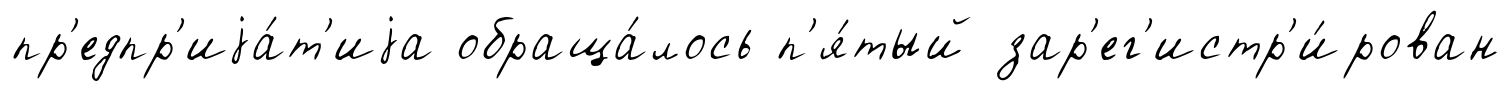
пр'едпр'иjа́т'иjа обраща́лось п'я́тый зар'ег'истр'и́рован